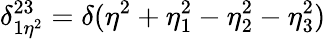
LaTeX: \delta_{1\eta^{2}}^{23}=\delta(\eta^{2}+\eta_{1}^{2}-\eta_{2}^{2}-\eta_{3}^{2})